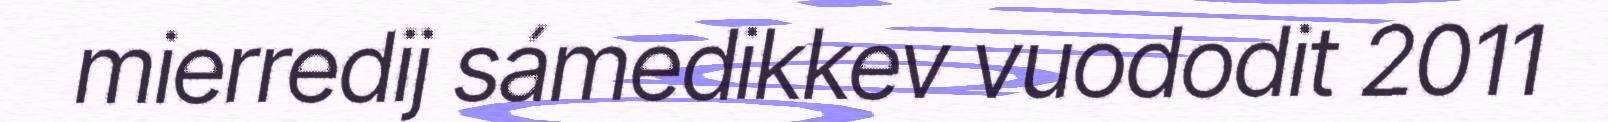
mierredij sámedikkev vuododit 2011